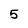
Character: 5